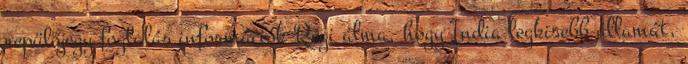
repülőjegy foglalás információk Régi álma, hogy India legkisebb államát,